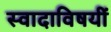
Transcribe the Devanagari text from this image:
स्वादाविषयीं